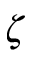
\zeta